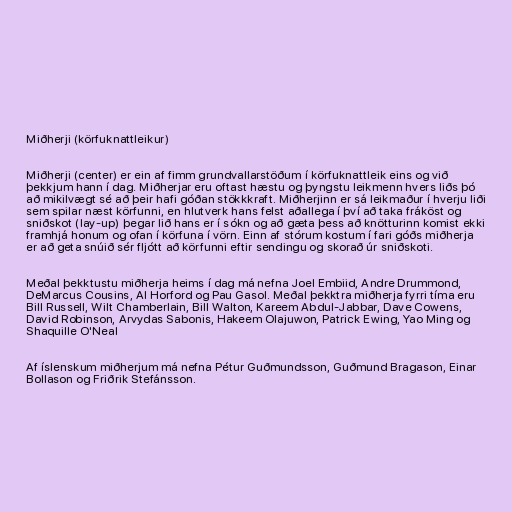
Miðherji (körfuknattleikur)

Miðherji (center) er ein af fimm grundvallarstöðum í körfuknattleik eins og við
þekkjum hann í dag. Miðherjar eru oftast hæstu og þyngstu leikmenn hvers liðs þó
að mikilvægt sé að þeir hafi góðan stökkkraft. Miðherjinn er sá leikmaður í hverju liði
sem spilar næst körfunni, en hlutverk hans felst aðallega í því að taka fráköst og
sniðskot (lay-up) þegar lið hans er í sókn og að gæta þess að knötturinn komist ekki
framhjá honum og ofan í körfuna í vörn. Einn af stórum kostum í fari góðs miðherja
er að geta snúið sér fljótt að körfunni eftir sendingu og skorað úr sniðskoti.

Meðal þekktustu miðherja heims í dag má nefna Joel Embiid, Andre Drummond,
DeMarcus Cousins, Al Horford og Pau Gasol. Meðal þekktra miðherja fyrri tíma eru
Bill Russell, Wilt Chamberlain, Bill Walton, Kareem Abdul-Jabbar, Dave Cowens,
David Robinson, Arvydas Sabonis, Hakeem Olajuwon, Patrick Ewing, Yao Ming og
Shaquille O'Neal

Af íslenskum miðherjum má nefna Pétur Guðmundsson, Guðmund Bragason, Einar
Bollason og Friðrik Stefánsson.